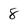
Character: 8